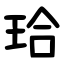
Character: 珨